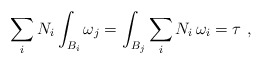
\begin{align*}\sum_i N_i \int_{B_i} \omega_j =\int_{B_j} \sum_i N_i \,\omega_i=\tau \ ,\end{align*}